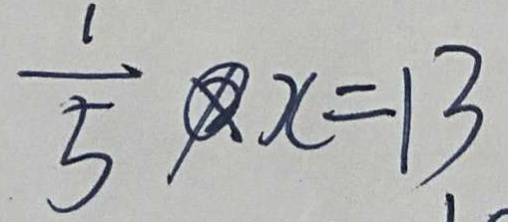
\frac { 1 } { 5 } x = 1 3